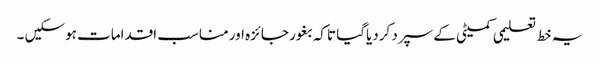
یہ خط تعلیمی کمیٹی کے سپرد کردیاگیا تاکہ بغور جائزہ اور مناسب اقدامات ہوسکیں ۔